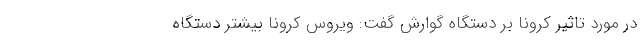
در مورد تاثیر کرونا بر دستگاه گوارش گفت: ویروس کرونا بیشتر دستگاه